Lunatic asylums Central Provinces reports 1874-1885 - 1874-1885
Year: 1874
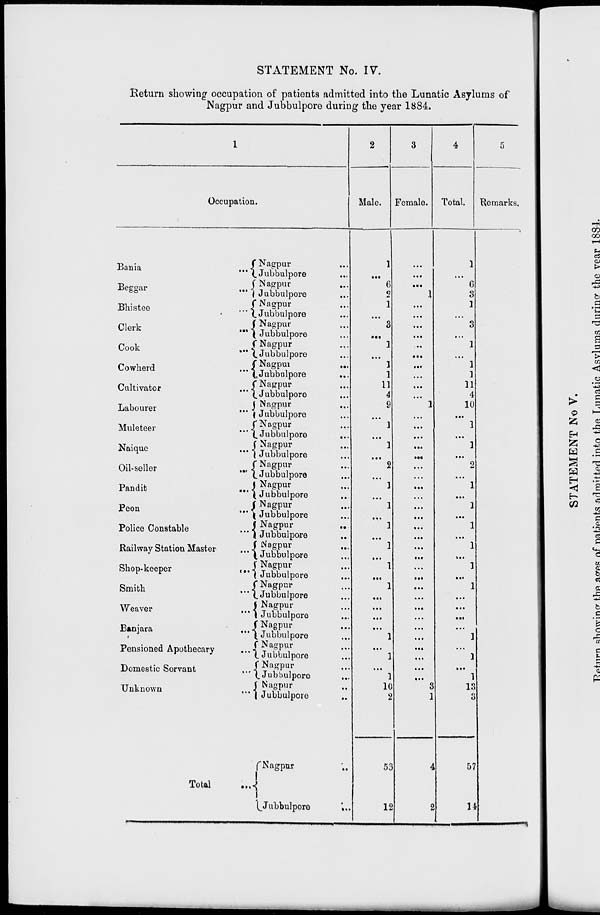
STATEMENT No. IV.
Return showing occupation of patients admitted into the Lunatic Asylums of
Nagpur and Jubbulpore during the year 1884.
1
Occupation.
Bania
...
Beggar
...
Bhistee
...
Clerk
...
Cook
...
Cowherd
...
Cultivator
...
Labourer ...
Muleteer
...
Naique
...
Oil-seller
...
Pandit
...
Peon
...
Police Constable
...
Railway Station Master ...
Shop-keeper
...
Smith
...
Weaver
...
Banjara
...
Pensioned Apothecary ...
Domestic Servant ...
Unknown ...
Total ...
Nagpur ...
Jubbulpore ...
Nagpur
...
Jubbulpore ...
Nagpur ...
Jubbulpore ...
Nagpur ...
Jubbulpore ...
Nagpur ...
Jubbulpore ...
Nagpur ...
Jubbulpore
...
Nagpur ...
Jubbulpore ...
Nagpur ...
Jubbulpore
...
Nagpur ...
Jubbulpore
...
Nagpur ...
Jubbulpore ...
Nagpur ...
Jubbulpore ...
Nagpur ...
Jubbulpore ...
Nagpur ...
Jubbulpore ...
Nagpur ...
Jubbulpore
...
Nagpur ...
Jubbulpore ...
Nagpur ...
Jubbulpore ...
Nagpur ...
Jubbulpore ...
Nagpur ...
Jubbulpore ...
Nagpur ...
Jubbulpore ...
Nagpur ...
Jubbulpore ...
Nagpur ...
Jubbulpore ...
Nagpur ...
Jubbulpore ...
Nagpur ...
Juhbulpore
...
2
Male.
1
...
6
2
1
...
3
...
1
...
1
1
11
4
9
...
1
...
1
...
2
...
1
...
1
...
1
...
1
...
1
...
1
...
...
...
...
1
...
1
...
1
10
2
53
12
3
Female.
...
...
...
1
...
...
...
...
...
...
...
...
...
...
1
...
...
...
...
...
...
...
...
...
...
...
...
...
...
...
...
...
...
...
...
...
...
...
...
...
...
...
3
1
4
2
4
Total.
1
...
6
3
1
...
3
....
1
...
1
1
11
4
10
...
1
...
1
....
2
...
1
...
1
...
1
...
1
...
1
...
1
...
...
...
...
1
....
1
...
1
13
3
57
14
5
Remarks.